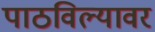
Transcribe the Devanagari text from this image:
पाठविल्यावर